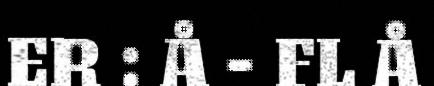
ER : Å - FL Å